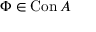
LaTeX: \Phi \in \operatorname { C o n } A